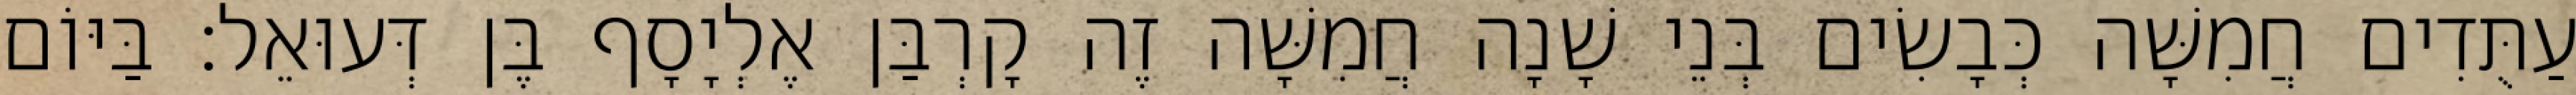
עַתֻּדִים חֲמִשָּׁה כְּבָשִׂים בְּנֵי שָׁנָה חֲמִשָּׁה זֶה קָרְבַּן אֶלְיָסָף בֶּן דְּעוּאֵל׃ בַּיּוֹם